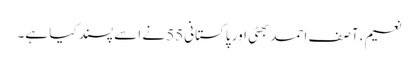
نعیم، آصف احمد بھٹی اور پاکستانی55 نے اسے پسند کیا ہے۔